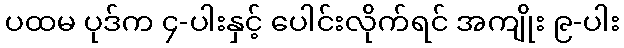
ပထမ ပုဒ်က ၄-ပါးနှင့် ပေါင်းလိုက်ရင် အကျိုး ၉-ပါး